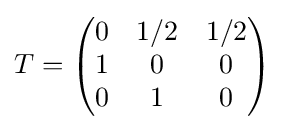
T={\begin{pmatrix}0&1/2&1/2\\1&0&0\\0&1&0\\\end{pmatrix}}